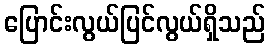
ပြောင်းလွယ်ပြင်လွယ်ရှိသည်